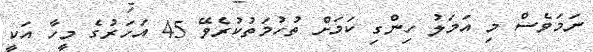
ނަމަވެސް މި އަމަލު ހިންގި ކަމަށް ތުހުމަތުކުރެވޭ 45 އަހަރުގެ މީހާ އަކީ